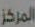
المركز